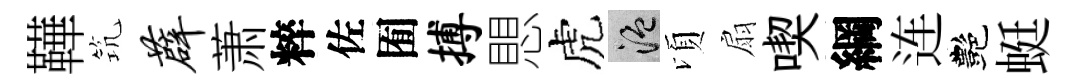
鞾𥬑薜萧粹佐囿搏愳虎温頃扇喫綱连艷蜓